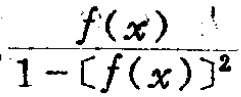
\frac{f(x)}{1 - [f(x)]^{2}}